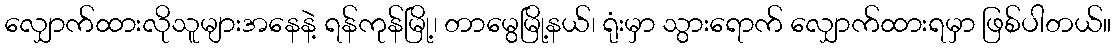
လျှောက်ထားလိုသူများအနေနဲ့ ရန်ကုန်မြို့၊ တာမွေမြို့နယ်၊ ရုံးမှာ သွားရောက် လျှောက်ထားရမှာ ဖြစ်ပါတယ်။